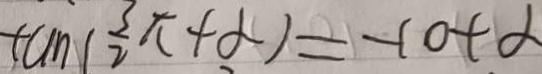
\tan ( \frac { 3 \pi } { 2 } + \alpha ) = - \cot \alpha